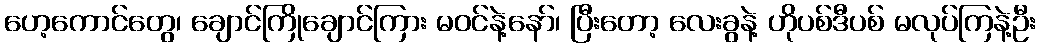
ဟေ့ကောင်တွေ၊ ချောင်ကြိုချောင်ကြား မဝင်နဲ့နော်၊ ပြီးတော့ လေးခွနဲ့ ဟိုပစ်ဒီပစ် မလုပ်ကြနဲ့ဦး